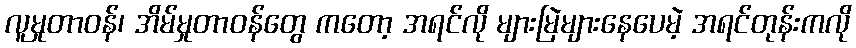
လူမှုတာဝန်၊ အိမ်မှုတာဝန်တွေ ကတော့ အရင်လို များမြဲများနေပေမဲ့ အရင်တုန်းကလို